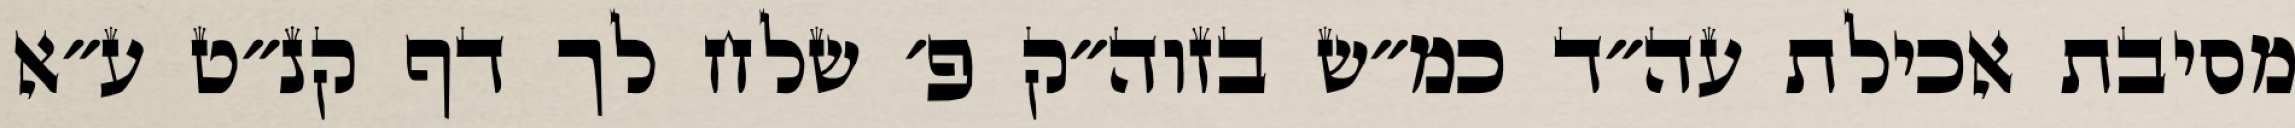
מסיבת אכילת עה״ד כמ״ש בזוה״ק פ׳ שלח לך דף קנ״ט ע״א